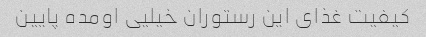
کیفیت غذای این رستوران خیلیی اومده پایین